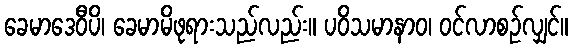
ခေမာဒေဝီပိ၊ ခေမာမိဖုရားသည်လည်း။ ပဝိသမာနာဝ၊ ဝင်လာစဉ်လျှင်။